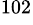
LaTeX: ^{102}